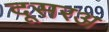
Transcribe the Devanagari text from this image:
दूसरअ